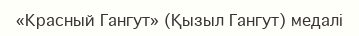
«Красный Гангут» (Қызыл Гангут) медалі